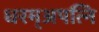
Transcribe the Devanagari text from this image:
धरम्अपत्नि